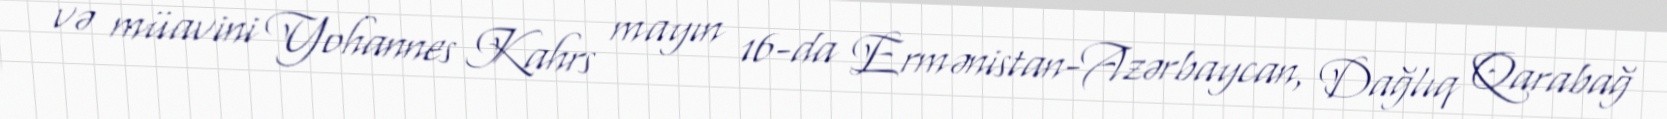
və müavini Yohannes Kahrs mayın 16-da Ermənistan-Azərbaycan, Dağlıq Qarabağ